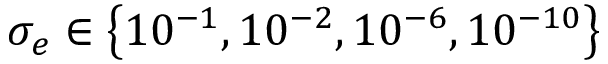
\sigma _ { e } \in \left\{ 1 0 ^ { - 1 } , 1 0 ^ { - 2 } , 1 0 ^ { - 6 } , 1 0 ^ { - 1 0 } \right\}